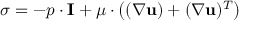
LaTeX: { \boldsymbol { \sigma } } = - p \cdot \mathbf { I } + \mu \cdot \left( ( \nabla \mathbf { u } ) + ( \nabla \mathbf { u } ) ^ { T } \right)